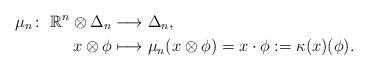
LaTeX: \begin{align*}\mu_n\colon \ \mathbb{R}^n\otimes \Delta_n &\longrightarrow\Delta_n, \\x \otimes \phi &\longmapsto \mu_n(x\otimes \phi)=x\cdot\phi :=\kappa(x)(\phi) .\end{align*}